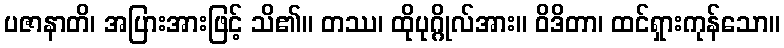
ပဇာနာတိ၊ အပြားအားဖြင့် သိ၏။ တဿ၊ ထိုပုဂ္ဂိုလ်အား။ ဝိဒိတာ၊ ထင်ရှားကုန်သော။